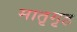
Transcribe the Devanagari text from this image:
मातृगृह